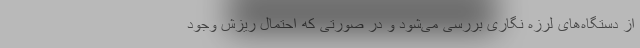
از دستگاه‌های لرزه نگاری بررسی می‌شود و در صورتی که احتمال ریزش وجود